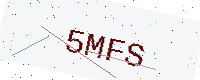
Text: 5MFS